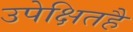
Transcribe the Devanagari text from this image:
उपेक्षितहै